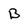
Character: B